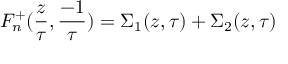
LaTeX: F _ { n } ^ { + } ( { \frac { z } { \tau } } , { \frac { - 1 } { \tau } } ) = \Sigma _ { 1 } ( z , \tau ) + \Sigma _ { 2 } ( z , \tau )